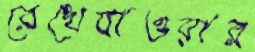
রেখেযাওয়ার